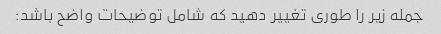
جمله زیر را طوری تغییر دهید که شامل توضیحات واضح باشد: